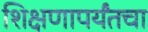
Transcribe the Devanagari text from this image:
शिक्षणापर्यंतचा